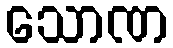
သောဏ